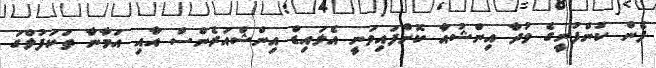
ފެން ކުންފުނީގެ މުދާ އިންޝުއާ ކޮށްފައިވަނީ އެލައިޑް އިންޝްއަރެންސް އާއި އަމާނާ ތަކަފުލްގަ